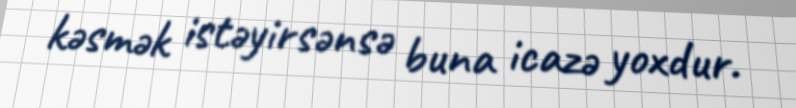
kəsmək istəyirsənsə buna icazə yoxdur.